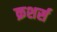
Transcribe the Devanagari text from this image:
क्रशर्स